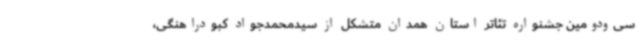
سی‌ودومین جشنواره تئاتر استان همدان متشکل از سیدمحمدجواد کبودراهنگی،